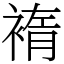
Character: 䙃